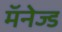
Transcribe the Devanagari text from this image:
मॅनेज्ड